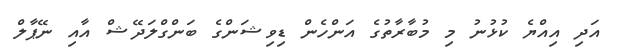
އަދި އިއްޔެ ކުޅުނު މި މުބާރާތުގެ އަންހެން ޑިވިޝަންގެ ބަންގްލަދޭޝް އާއި ނޭޕާލް